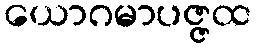
ယောဂမာပဇ္ဇထ